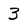
Character: 3